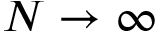
N \to \infty